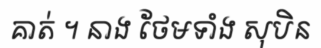
គាត់ ។ នាង ថែមទាំង សុបិន